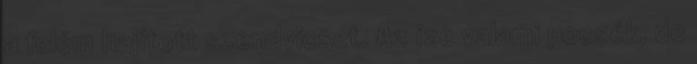
a felém hajított szendvicset. Az íze valami pocsék, de